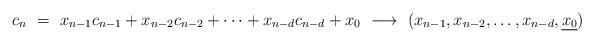
LaTeX: \begin{align*} c_{n} \ = \ x_{n-1} c_{n-1}+x_{n-2} c_{n-2}+\cdots +x_{n-d} c_{n-d}+x_{0} \ \longrightarrow\ (x_{n-1}, x_{n-2}, \ldots, x_{n-d},\underline{x_{0}})\end{align*}